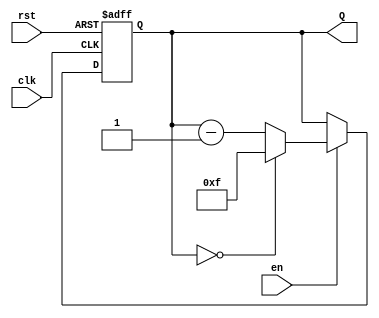
module BinaryDownCounter #(parameter N = 4) (
    input wire clk,       // Clock signal
    input wire rst,       // Asynchronous reset
    input wire en,        // Enable signal
    output reg [N-1:0] Q  // N-bit counter output
);

    // Maximum value of the counter, defined as (2^N - 1)
    localparam MAX_VALUE = (1 << N) - 1;

    // Asynchronous reset and synchronous counting logic
    always @(posedge clk or posedge rst) begin
        if (rst) begin
            Q <= MAX_VALUE;  // Reset the counter to its maximum value
        end
        else if (en) begin
            if (Q == 0) begin
                Q <= MAX_VALUE;  // Wrap around to max value
            end else begin
                Q <= Q - 1;      // Decrement the counter
            end
        end
    end

endmodule